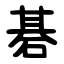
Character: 碁